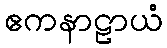
ဧကနာဠာယံ